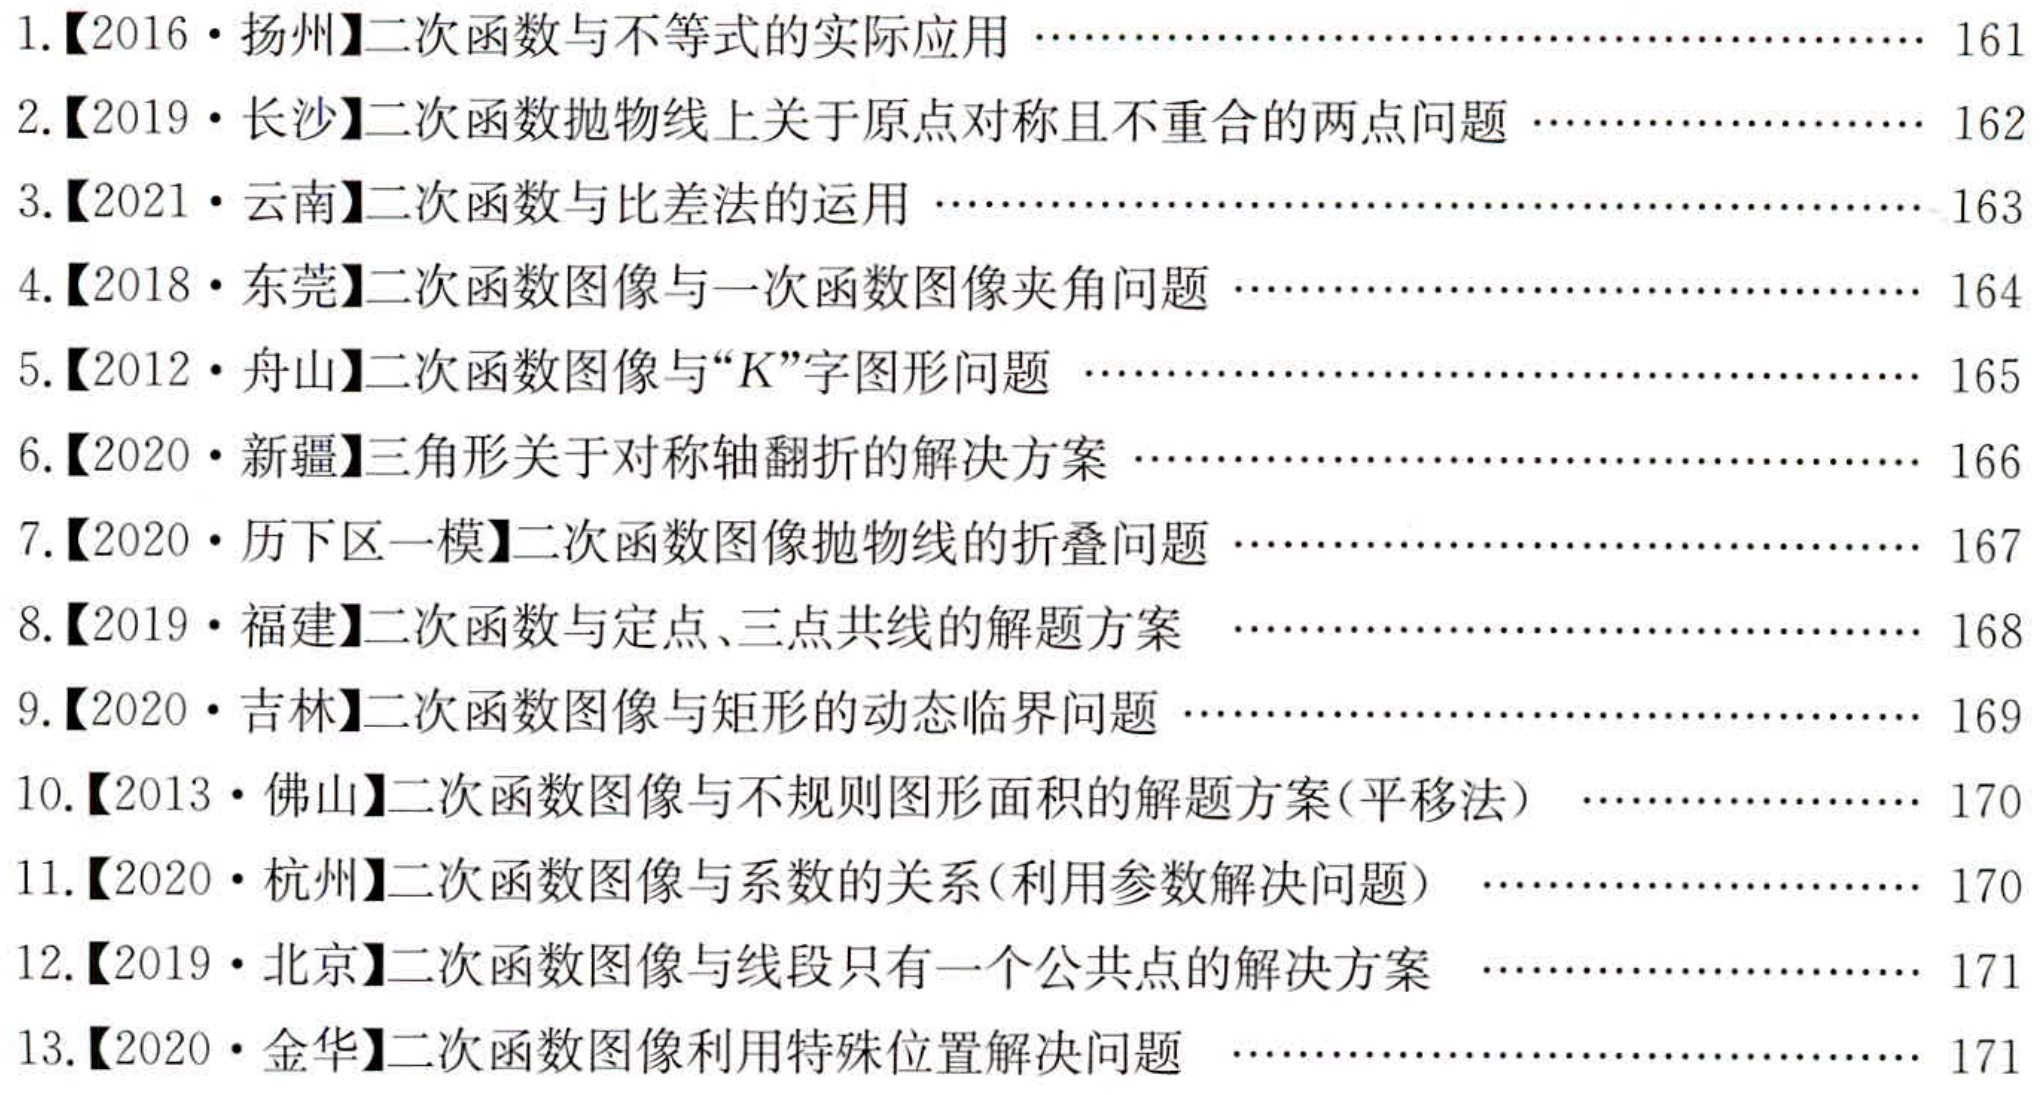
1.【2016·扬州】二次函数与不等式的实际应用 \cdots\cdots\cdots\cdots\cdots\cdots\cdots\cdots\cdots\cdots\cdots\cdots\cdots\cdots\cdots 161
2.【2019·长沙】二次函数抛物线上关于原点对称且不重合的两点问题 \cdots\cdots\cdots\cdots\cdots\cdots\cdots\cdots\cdots 162
3.【2021·云南】二次函数与比差法的运用 \cdots\cdots\cdots\cdots\cdots\cdots\cdots\cdots\cdots\cdots\cdots\cdots\cdots\cdots\cdots\cdots\cdots 163
4.【2018·东莞】二次函数图像与一次函数图像夹角问题 \cdots\cdots\cdots\cdots\cdots\cdots\cdots\cdots\cdots\cdots\cdots\cdots\cdots\cdots 164
5.【2012·舟山】二次函数图像与“\(K\)”字图形问题  \cdots\cdots\cdots\cdots\cdots\cdots\cdots\cdots\cdots\cdots\cdots\cdots\cdots\cdots\cdots 165
6.【2020·新疆】三角形关于对称轴翻折的解决方案 \cdots\cdots\cdots\cdots\cdots\cdots\cdots\cdots\cdots\cdots\cdots\cdots\cdots\cdots\cdots 166
7.【2020·历下区一模】二次函数图像抛物线的折叠问题 \cdots\cdots\cdots\cdots\cdots\cdots\cdots\cdots\cdots\cdots\cdots\cdots\cdots\cdots 167
8.【2019·福建】二次函数与定点、三点共线的解题方案  \cdots\cdots\cdots\cdots\cdots\cdots\cdots\cdots\cdots\cdots\cdots\cdots\cdots\cdots 168
9.【2020·吉林】二次函数图像与矩形的动态临界问题 \cdots\cdots\cdots\cdots\cdots\cdots\cdots\cdots\cdots\cdots\cdots\cdots\cdots\cdots\cdots 169
10.【2013·佛山】二次函数图像与不规则图形面积的解题方案(平移法)  \cdots\cdots\cdots\cdots\cdots\cdots\cdots\cdots\cdots 170
11.【2020·杭州】二次函数图像与系数的关系(利用参数解决问题)  \cdots\cdots\cdots\cdots\cdots\cdots\cdots\cdots\cdots\cdots\cdots 170
12.【2019·北京】二次函数图像与线段只有一个公共点的解决方案  \cdots\cdots\cdots\cdots\cdots\cdots\cdots\cdots\cdots\cdots\cdots 171
13.【2020·金华】二次函数图像利用特殊位置解决问题  \cdots\cdots\cdots\cdots\cdots\cdots\cdots\cdots\cdots\cdots\cdots\cdots\cdots\cdots 171